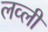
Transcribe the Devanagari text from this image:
लव्ली